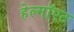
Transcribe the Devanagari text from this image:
हेल्मॉएट